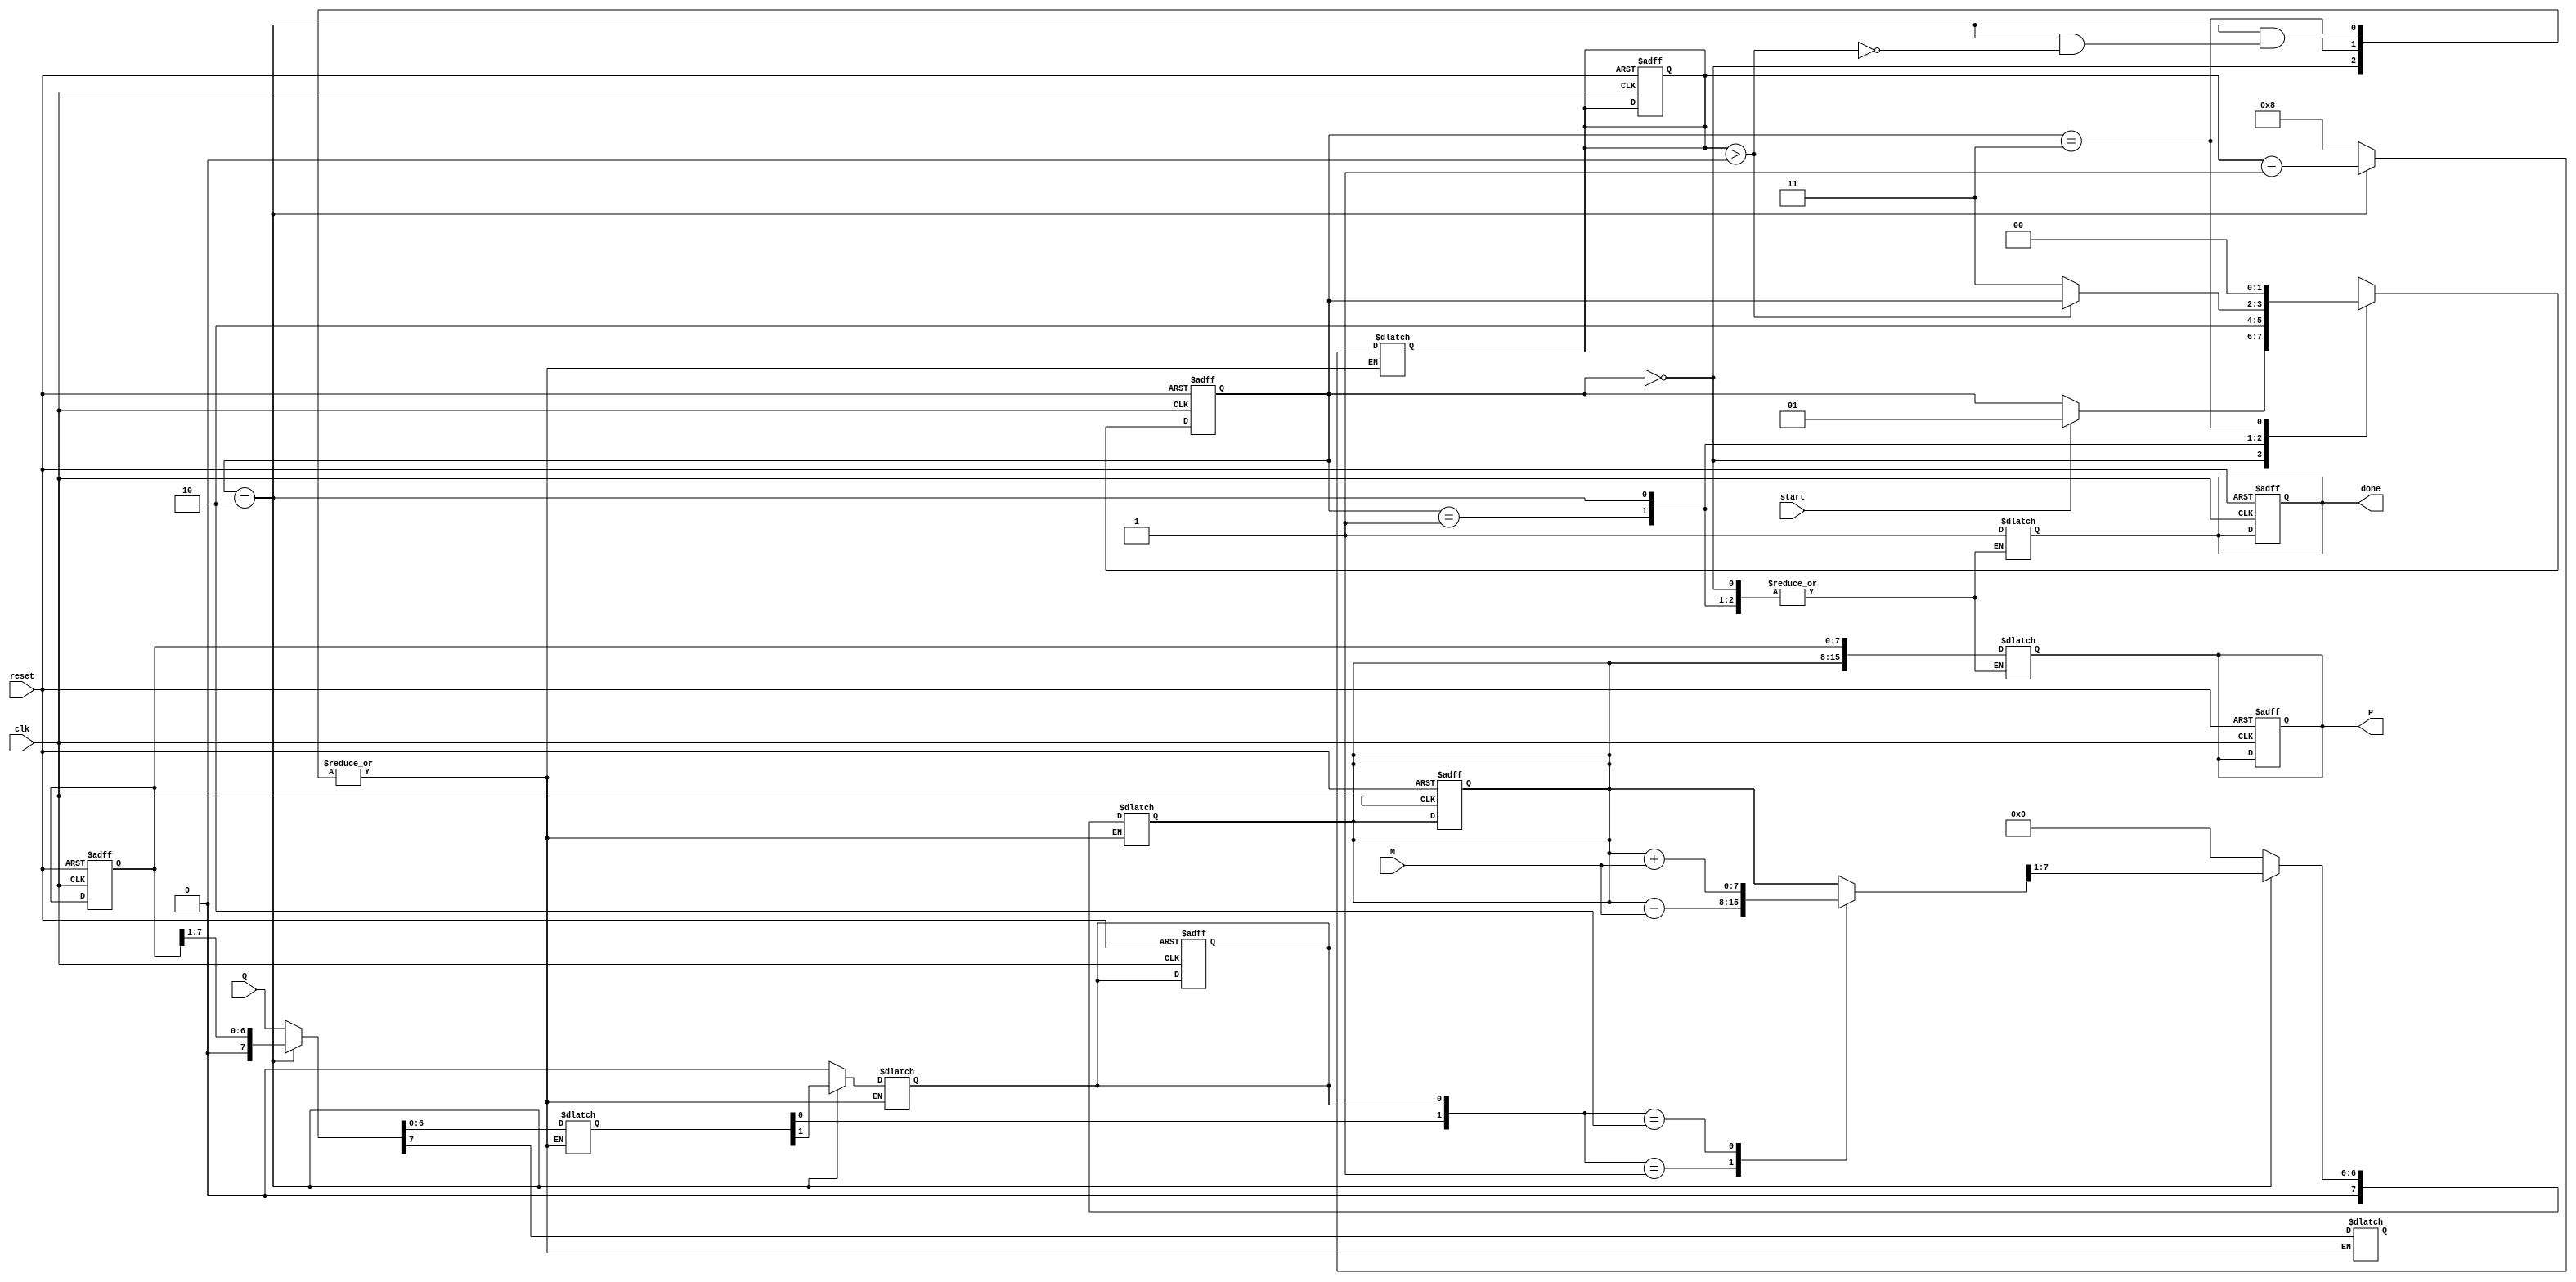
module booth_multiplier #(parameter N = 8) (
    input wire clk,
    input wire reset,
    input wire start,
    input wire signed [N-1:0] M, // Multiplicand
    input wire signed [N-1:0] Q, // Multiplier
    output reg signed [2*N-1:0] P, // Product
    output reg done // Operation done signal
);

    // Internal registers
    reg signed [N-1:0] A; // Accumulator
    reg signed [N-1:0] Q_reg; // Multiplier register
    reg Q_1; // Previous bit of Q
    reg [3:0] count; // Iteration counter

    // State definitions
    localparam IDLE = 2'b00,
               LOAD = 2'b01,
               EXECUTE = 2'b10,
               DONE = 2'b11;
    reg [1:0] state, next_state;

    // Sequential logic for state transitions
    always @(posedge clk or posedge reset) begin
        if (reset) begin
            state <= IDLE;
            A <= 0;
            Q_reg <= 0;
            Q_1 <= 0;
            P <= 0;
            count <= 0;
            done <= 0;
        end else begin
            state <= next_state;
        end
    end

    // Combinational logic for state machine and operations
    always @(*) begin
        next_state = state;
        case (state)
            IDLE: begin
                if (start) begin
                    next_state = LOAD;
                end
            end
            LOAD: begin
                A = 0; // Initialize A
                Q_reg = Q; // Load Q
                Q_1 = 0; // Initialize Q-1
                count = N; // Set count to N
                next_state = EXECUTE;
            end
            EXECUTE: begin
                if (count > 0) begin
                    // Determine operation based on Q and Q-1
                    case ({Q_reg[0], Q_1})
                        2'b01: A = A - M; // Subtract M from A
                        2'b10: A = A + M; // Add M to A
                        default: ; // No operation
                    endcase

                    // Right arithmetic shift
                    {A, Q_reg} = {A, Q_reg} >> 1;
                    Q_reg[N-1] = A[N-1]; // Preserve sign bit of A
                    Q_1 = Q_reg[0]; // Update Q-1
                    count = count - 1; // Decrement count
                end else begin
                    next_state = DONE;
                end
            end
            DONE: begin
                P = {A, Q_reg}; // Combine A and Q for final product
                done = 1; // Set done signal
                next_state = IDLE; // Go back to IDLE
            end
        endcase
    end

endmodule